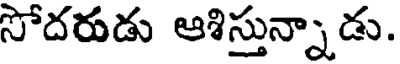
సోదరుడు ఆశిస్తున్నాడు.